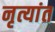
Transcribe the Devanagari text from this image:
नृत्यांत